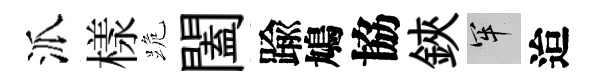
派樣跪闔踰鳩協鋏牢迨